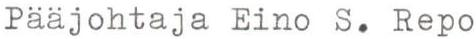
Pääjohtaja Eino S. Repo